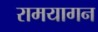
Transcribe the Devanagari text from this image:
रामयागन